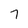
Character: 7